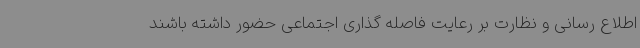
اطلاع رسانی و نظارت بر رعایت فاصله گذاری اجتماعی حضور داشته باشند